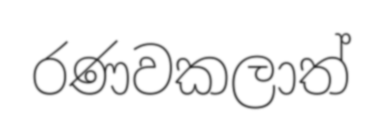
රණවකලාත්